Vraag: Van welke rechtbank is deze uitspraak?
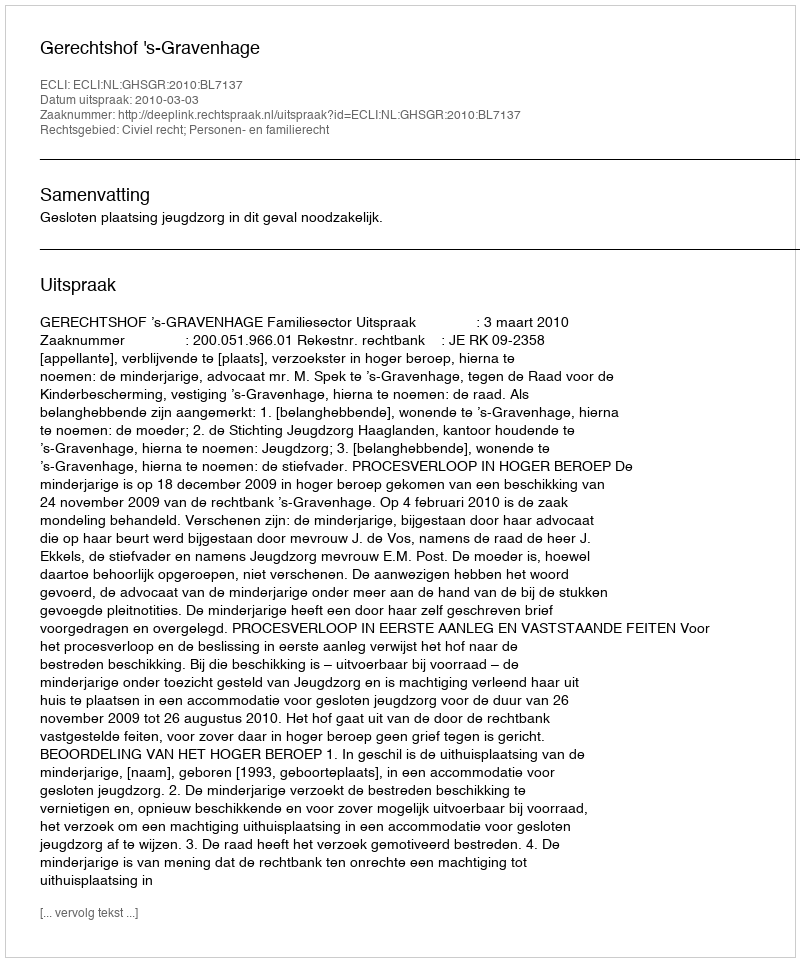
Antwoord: Gerechtshof 's-Gravenhage